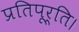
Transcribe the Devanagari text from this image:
प्रतिपूर्ति।